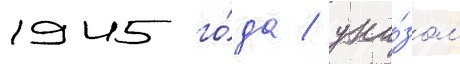
1945 го́да / ука́зом